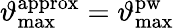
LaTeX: \vartheta_{\mathrm{max}}^{\mathrm{approx}}=\vartheta_{\mathrm{max}}^{\mathrm{pw}}